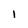
Character: l